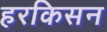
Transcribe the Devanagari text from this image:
हरकिसन